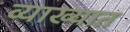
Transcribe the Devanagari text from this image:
व्याख्यात